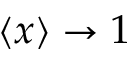
\langle x \rangle \rightarrow 1